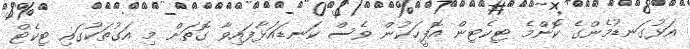
އަޅުގަނޑުމެންގެ ކޮންމެ ޓިކެޓިން އޮފީހަކުން ވެސް ކަނޑައަޅާފައިވާ ގޮތަށް މި އަގުތަކުގައި ޓިކެޓް